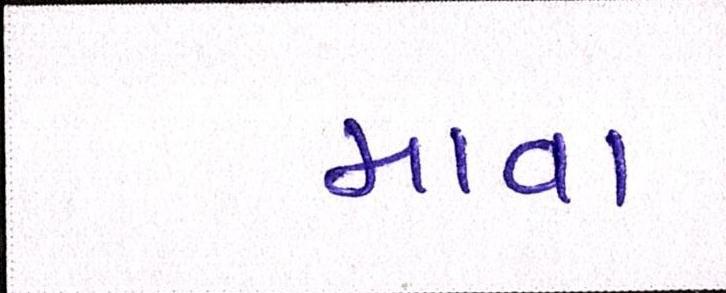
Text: માવા